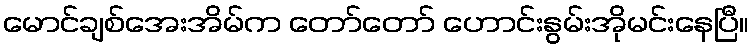
မောင်ချစ်အေးအိမ်က တော်တော် ဟောင်းနွမ်းအိုမင်းနေပြီ။